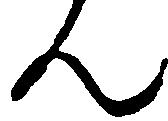
ん